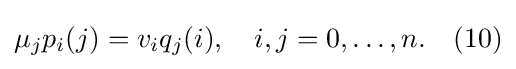
\mu _{j}p_{i}(j)=v_{i}q_{j}(i),\quad i,j=0,\ldots ,n.\quad (10)